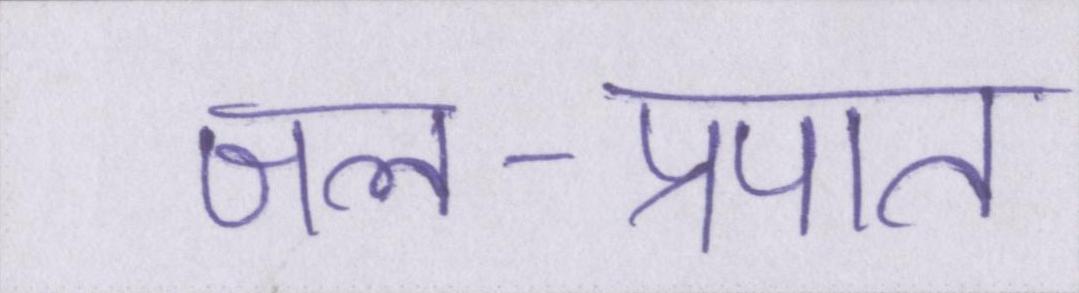
जल-प्रपात